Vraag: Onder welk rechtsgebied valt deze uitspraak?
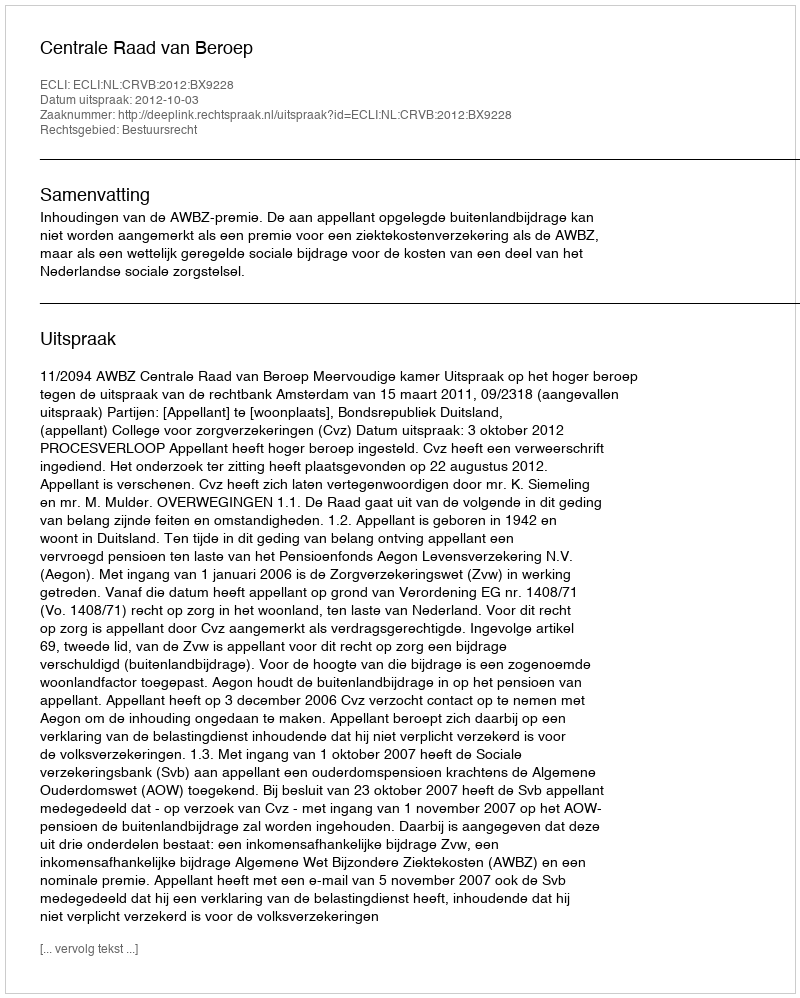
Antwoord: Bestuursrecht